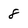
Character: 8